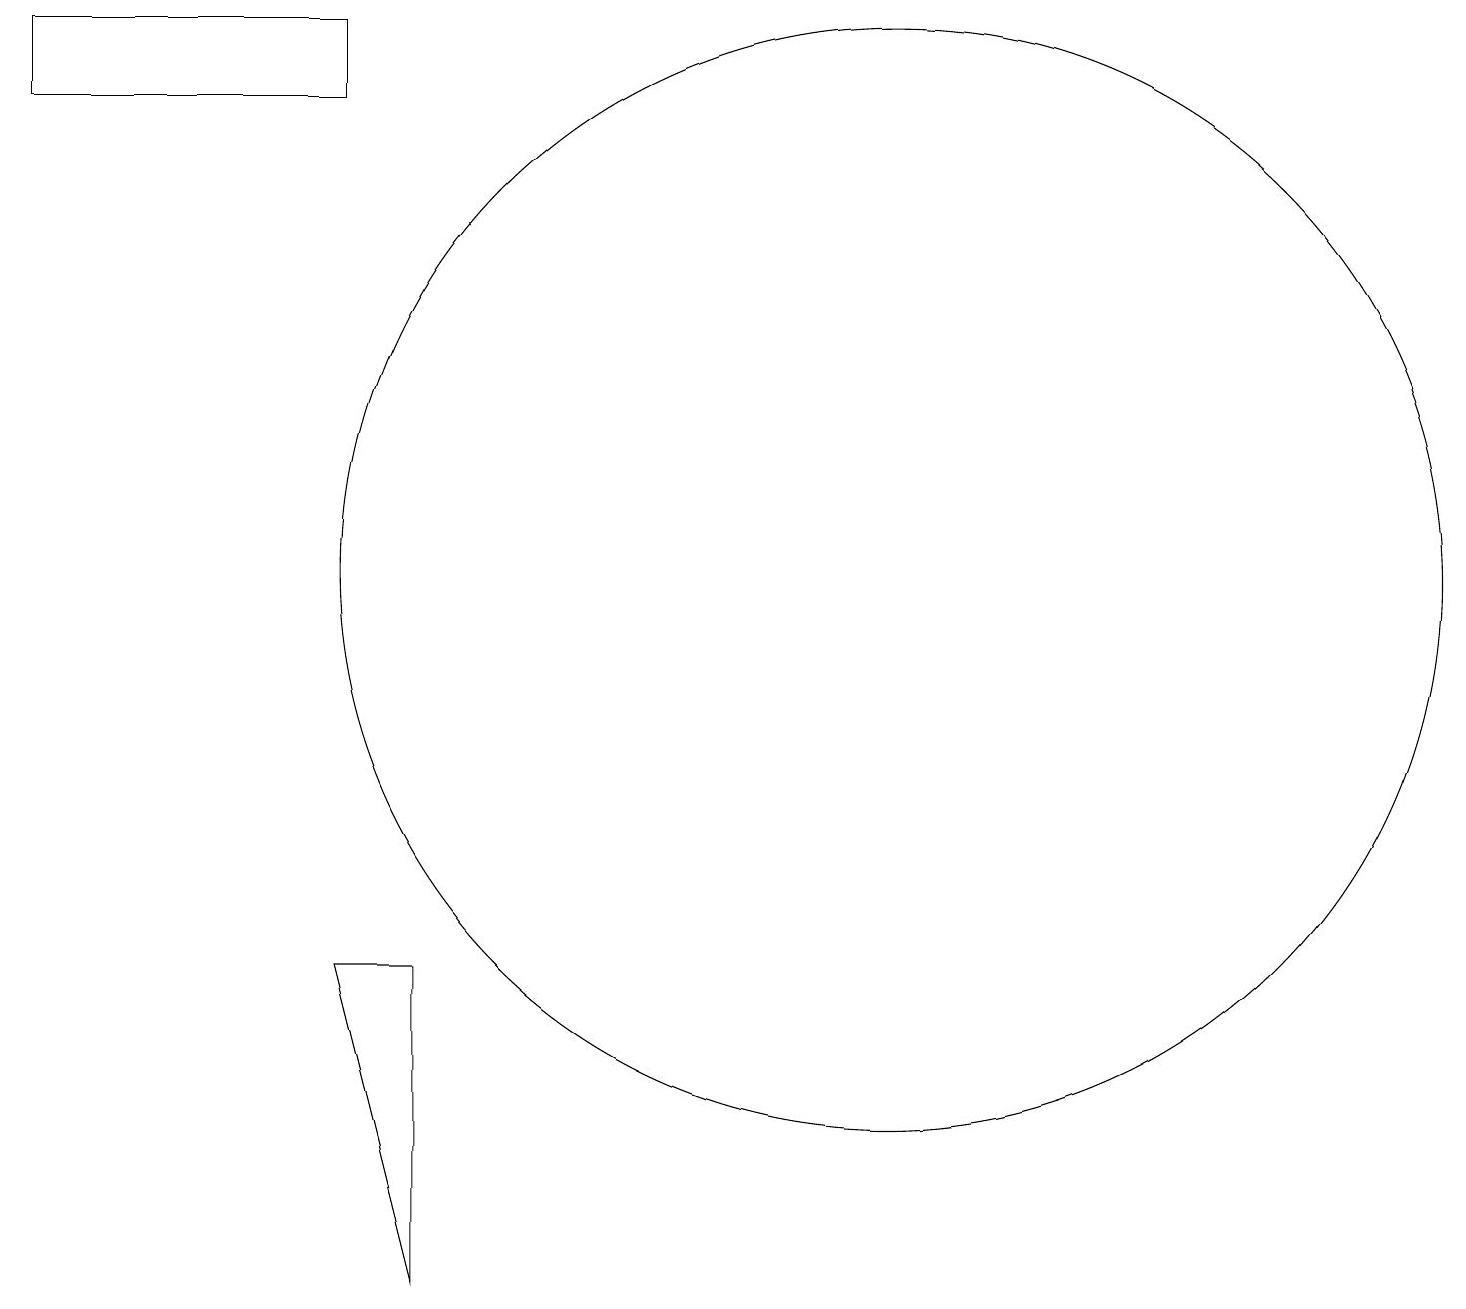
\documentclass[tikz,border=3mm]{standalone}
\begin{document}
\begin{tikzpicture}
\draw (4,18) rectangle (0,17);
\draw (4,6) -- (5,6) -- (5,2) -- cycle;
\draw (11,11) circle (7);
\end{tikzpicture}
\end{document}